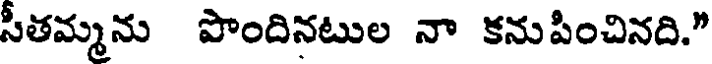
సీతమ్మను పొందినటుల నా కనుపించినది."